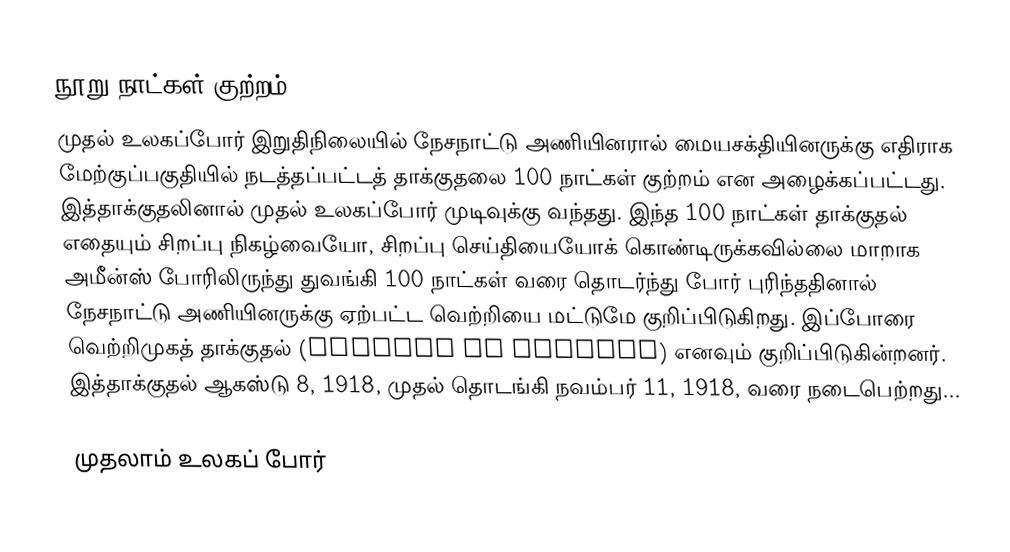
நூறு நாட்கள் குற்றம் (Hundred Days Offencive)
முதல் உலகப்போர் இறுதிநிலையில் நேசநாட்டு அணியினரால் மையசக்தியினருக்கு எதிராக மேற்குப்பகுதியில் நடத்தப்பட்டத் தாக்குதலை 100 நாட்கள் குற்றம் என அழைக்கப்பட்டது. இத்தாக்குதலினால்  முதல் உலகப்போர் முடிவுக்கு வந்தது. இந்த 100 நாட்கள் தாக்குதல் எதையும் சிறப்பு நிகழ்வையோ, சிறப்பு செய்தியையோக்  கொண்டிருக்கவில்லை  மாறாக அமீன்ஸ் போரிலிருந்து துவங்கி 100 நாட்கள் வரை தொடர்ந்து போர் புரிந்ததினால் நேசநாட்டு அணியினருக்கு ஏற்பட்ட வெற்றியை மட்டுமே குறிப்பிடுகிறது. இப்போரை வெற்றிமுகத் தாக்குதல்  (Advance to Victory)  எனவும் குறிப்பிடுகின்றனர். இத்தாக்குதல்  ஆகஸ்டு 8, 1918, முதல் தொடங்கி நவம்பர் 11, 1918, வரை நடைபெற்றது...

முதலாம் உலகப் போர்